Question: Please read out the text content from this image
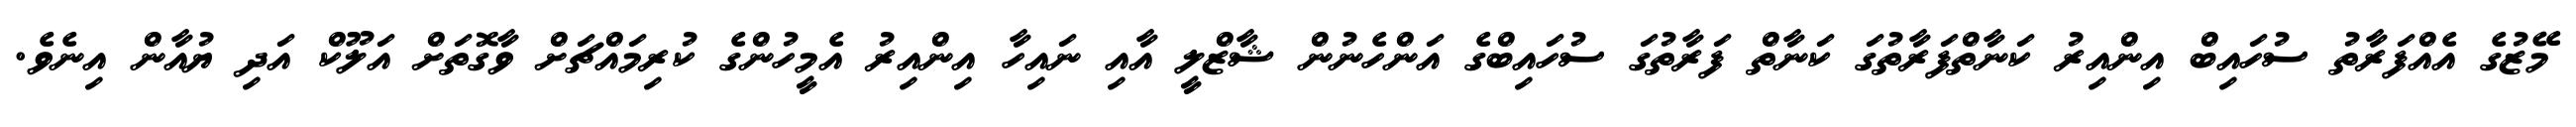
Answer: މޭޒުގެ އެއްފަރާތު ސުހައިބް އިންއިރު ކަނާތްފަރާތުގަ ކަނާތް ފަރާތުގަ ސުހައިބްގެ އަންހެނުން ޝާޒްލީ އާއި ނައިހާ އިންއިރު އެމީހުންގެ ކުރިމައްޗަށް ވާގޮތަށް އަލޫކް އަދި ޔުއާން އިނެވެ.